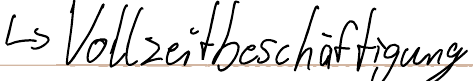
-> Vollzeitbeschäftigung